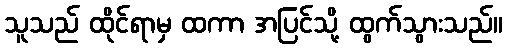
သူသည် ထိုင်ရာမှ ထကာ အပြင်သို့ ထွက်သွားသည်။